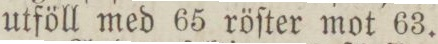
utföll med 65 röſter mot 63.